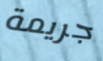
جريمة